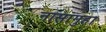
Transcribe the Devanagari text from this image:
नासागुहा